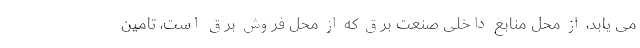
می یابد، از محل منابع داخلی صنعت برق که از محل فروش برق است، تامین